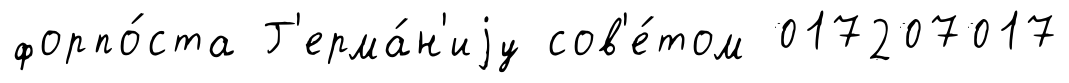
форпо́ста Г'ерма́н'иjу сов'е́том 017207017